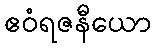
ဧဝံရဇနီယော